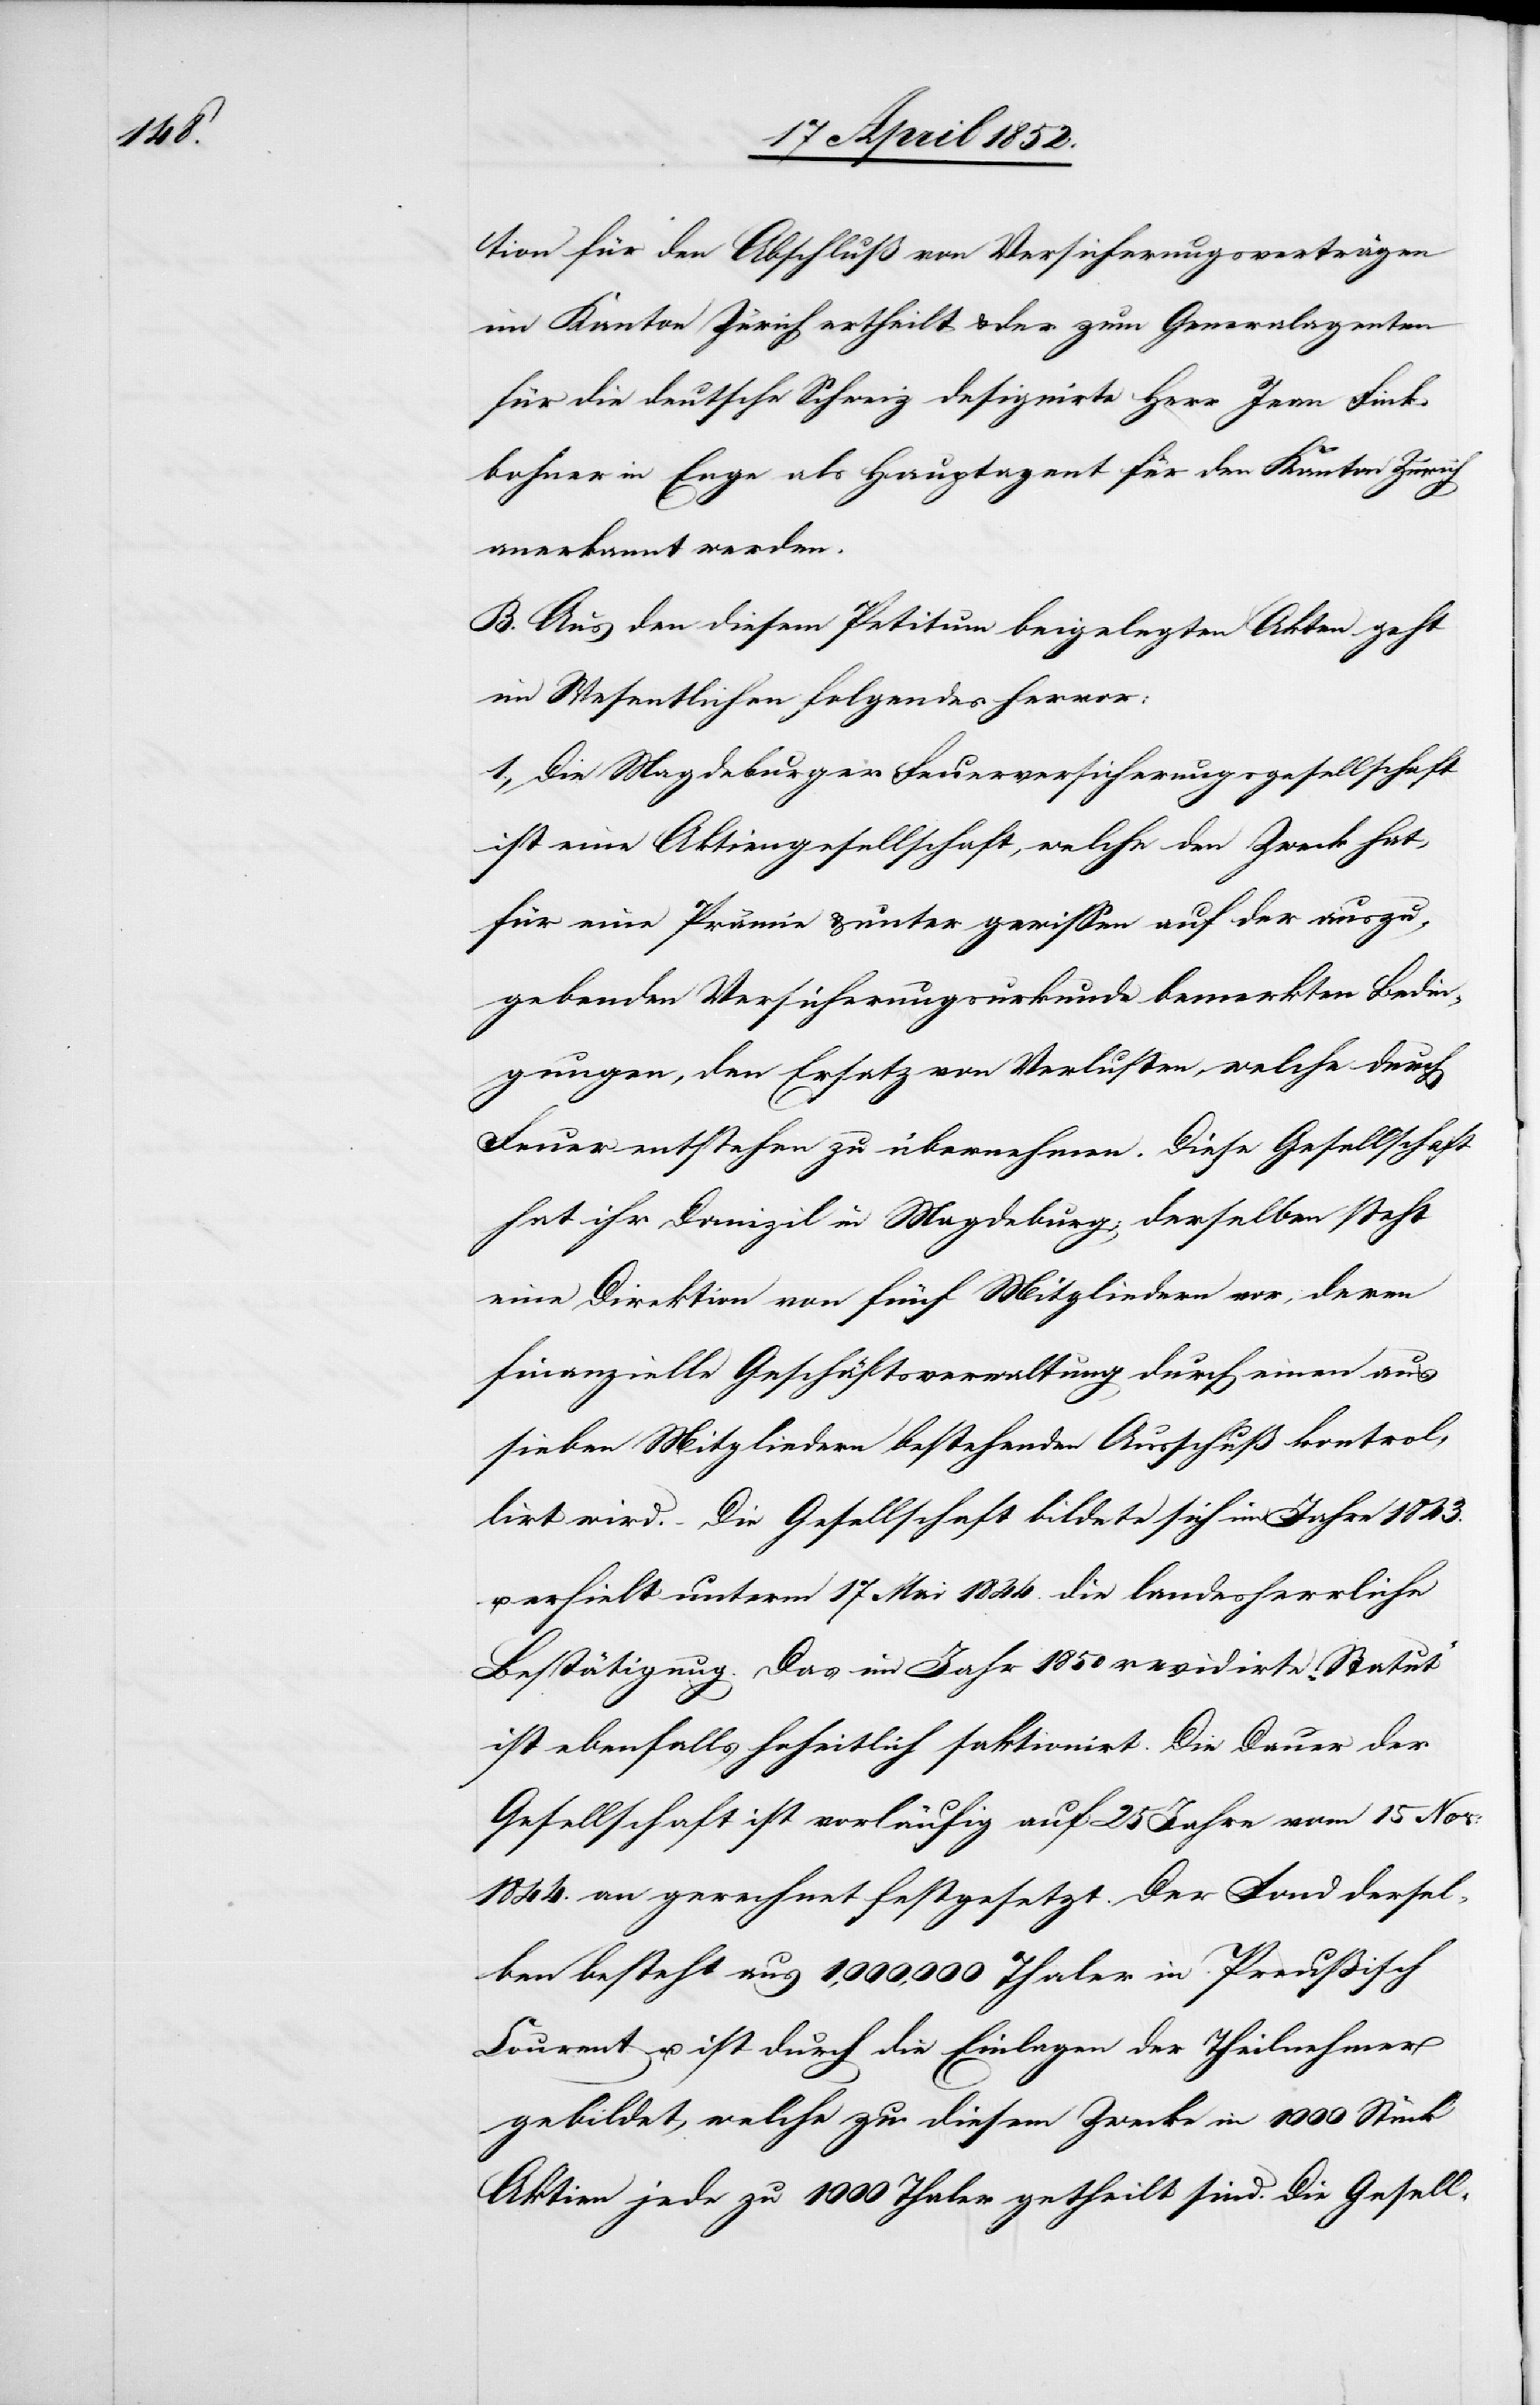
tion für den Abschluß von Versicherungsverträgen
im Kanton Zürich ertheilt & der zum Generalagenten
für die deutsche Schweiz designirte Herr Jean Fink¬
bohner in Enge als Hauptagent für den Kanton Zürich
anerkannt werden.
B. Aus den diesem Petitum beigelegten Akten geht
im Wesentlichen folgendes hervor:
1., Die Magdeburger Feuerversicherungsgesellschaft
ist eine Aktiengesellschaft, welche den Zweck hat,
für eine Prämie & unter gewissen auf der auszu¬
gebenden Versicherungsurkunde bemerkten Bedin¬
gungen, den Ersatz von Verlusten, welche durch
Feuer entstehen zu übernehmen. Diese Gesellschaft
hat ihr Domizil in Magdeburg; derselben steht
eine Direktion von fünf Mitgliedern vor, deren
finanzielle Geschäftsverwaltung durch einen aus
sieben Mitgliedern bestehenden Ausschuß kontrol¬
lirt wird. – Die Gesellschaft bildete sich im Jahre 1843.
u. erhielt unterm 17 Mai 1844. die landesherrliche
Bestätigung. Das im Jahr 1850 revidirte „Statut“
ist ebenfalls hoheitlich saktionirt. Die Dauer der
Gesellschaft ist vorläufig auf 25 Jahre vom 15 Nov:
1844. an gerechnet festgesetzt. Der Fond dersel¬
ben besteht aus 1,000,000 Thaler in Preussisch
Courent u. ist durch die Einlagen der Theilnehmer
gebildet, welche zu diesem Zwecke in 1000 Stück
Aktien jede zu 1000 Thaler getheilt sind. Die Gesell-